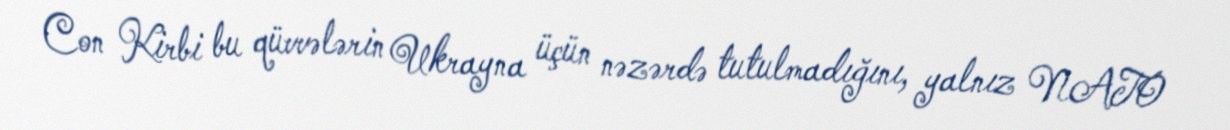
Con Kirbi bu qüvvələrin Ukrayna üçün nəzərdə tutulmadığını, yalnız NATO